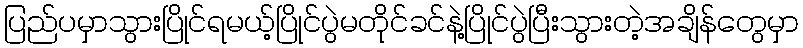
ပြည်ပမှာသွားပြိုင်ရမယ့်ပြိုင်ပွဲမတိုင်ခင်နဲ့ပြိုင်ပွဲပြီးသွားတဲ့အချိန်တွေမှာ